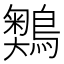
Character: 𪅞